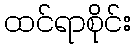
ထင်ရာစိုင်း